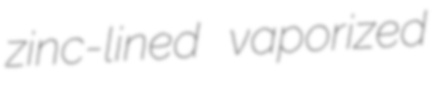
zinc-lined vaporized